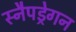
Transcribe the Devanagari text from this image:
स्नैपड्रेगन